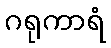
ဂရုကာရံ